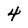
Character: 4